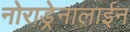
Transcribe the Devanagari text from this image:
नोराड्रेनालाईन